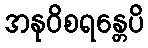
အနုဝိစရန္တေပိ